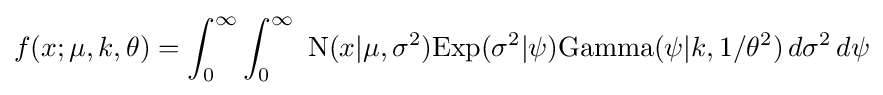
f(x;\mu ,k,\theta )=\int _{0}^{\infty }\int _{0}^{\infty }\ \mathrm {N} (x|\mu ,\sigma ^{2})\mathrm {Exp} (\sigma ^{2}|\psi )\mathrm {Gamma} (\psi |k,1/\theta ^{2})\,d\sigma ^{2}\,d\psi